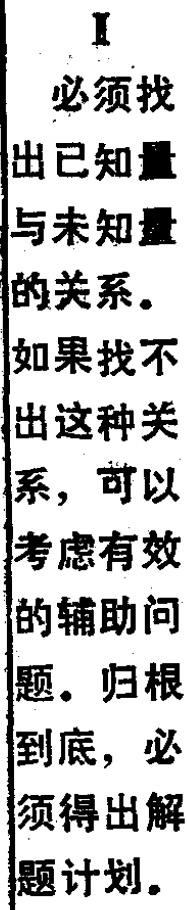
II

必须找

出已知量

与未知量

的关系。

如果找不

出这种关

系，可以

考虑有效的辅助问

题。归根

到底，必

须得出解

题计划。